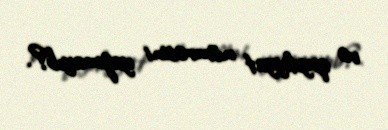
və qeydiyyat nömrəsini yazmayıb?.